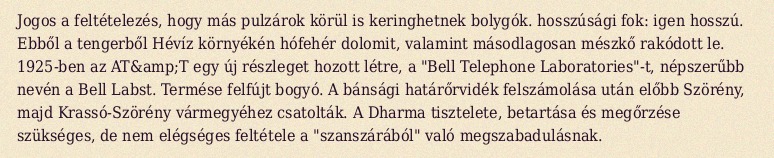
Jogos a feltételezés, hogy más pulzárok körül is keringhetnek bolygók. hosszúsági fok: igen hosszú. Ebből a tengerből Hévíz környékén hófehér dolomit, valamint másodlagosan mészkő rakódott le. 1925-ben az AT&amp;T egy új részleget hozott létre, a "Bell Telephone Laboratories"-t, népszerűbb nevén a Bell Labst. Termése felfújt bogyó. A bánsági határőrvidék felszámolása után előbb Szörény, majd Krassó-Szörény vármegyéhez csatolták. A Dharma tisztelete, betartása és megőrzése szükséges, de nem elégséges feltétele a "szanszárából" való megszabadulásnak.